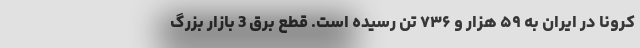
کرونا در ایران به ۵۹ هزار و ۷۳۶ تن رسیده است. قطع برق 3 بازار بزرگ